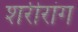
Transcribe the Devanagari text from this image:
शरीरांग